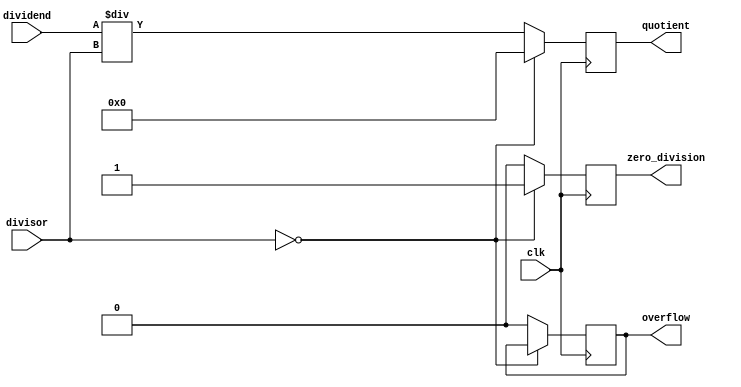
module divider(
  input wire clk,
  input wire [31:0] dividend,
  input wire [31:0] divisor,
  output reg [31:0] quotient,
  output reg overflow,
  output reg zero_division
);

  always @(posedge clk) begin
    if(divisor == 0) begin
      zero_division <= 1;
      quotient <= 0;
    end
    else begin
      overflow <= 0;
      zero_division <= 0;
      quotient <= dividend / divisor;
    end
  end

endmodule